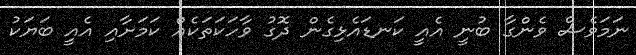
ނަމަވެސް ވެންގާ ބުނީ އެއީ ކަނޑައެޅިގެން ދޮގު ވާހަކަތަކެއް ކަމަށާއި އެއީ ބަޔަކު